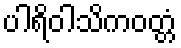
ပါရိဝါသိကဝတ္တံ